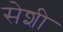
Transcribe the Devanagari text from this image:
सेशी